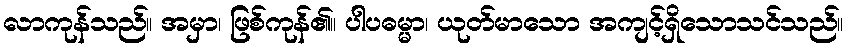
လာကုန်သည်။ အမှာ၊ ဖြစ်ကုန်၏။ ပါပဓမ္မာ၊ ယုတ်မာသော အကျင့်ရှိသောသင်သည်။